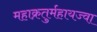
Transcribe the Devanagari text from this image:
महाक्रतुर्महायज्वा